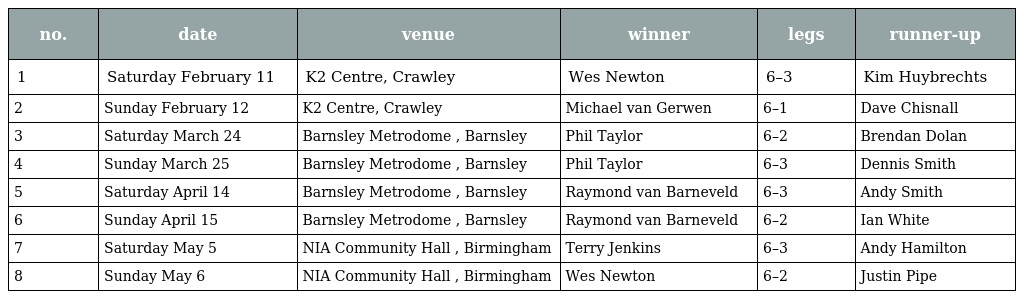
| no. | date | venue | winner | legs | runner-up |
 | --- | --- | --- | --- | --- | --- |
 | 1 | Saturday February 11 | K2 Centre, Crawley | Wes Newton | 6–3 | Kim Huybrechts |
 | 2 | Sunday February 12 | K2 Centre, Crawley | Michael van Gerwen | 6–1 | Dave Chisnall |
 | 3 | Saturday March 24 | Barnsley Metrodome , Barnsley | Phil Taylor | 6–2 | Brendan Dolan |
 | 4 | Sunday March 25 | Barnsley Metrodome , Barnsley | Phil Taylor | 6–3 | Dennis Smith |
 | 5 | Saturday April 14 | Barnsley Metrodome , Barnsley | Raymond van Barneveld | 6–3 | Andy Smith |
 | 6 | Sunday April 15 | Barnsley Metrodome , Barnsley | Raymond van Barneveld | 6–2 | Ian White |
 | 7 | Saturday May 5 | NIA Community Hall , Birmingham | Terry Jenkins | 6–3 | Andy Hamilton |
 | 8 | Sunday May 6 | NIA Community Hall , Birmingham | Wes Newton | 6–2 | Justin Pipe |